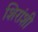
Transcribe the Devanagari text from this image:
शिरांशी